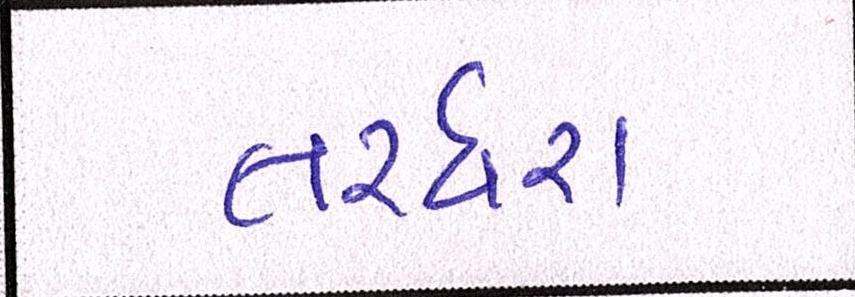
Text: તરઘરા